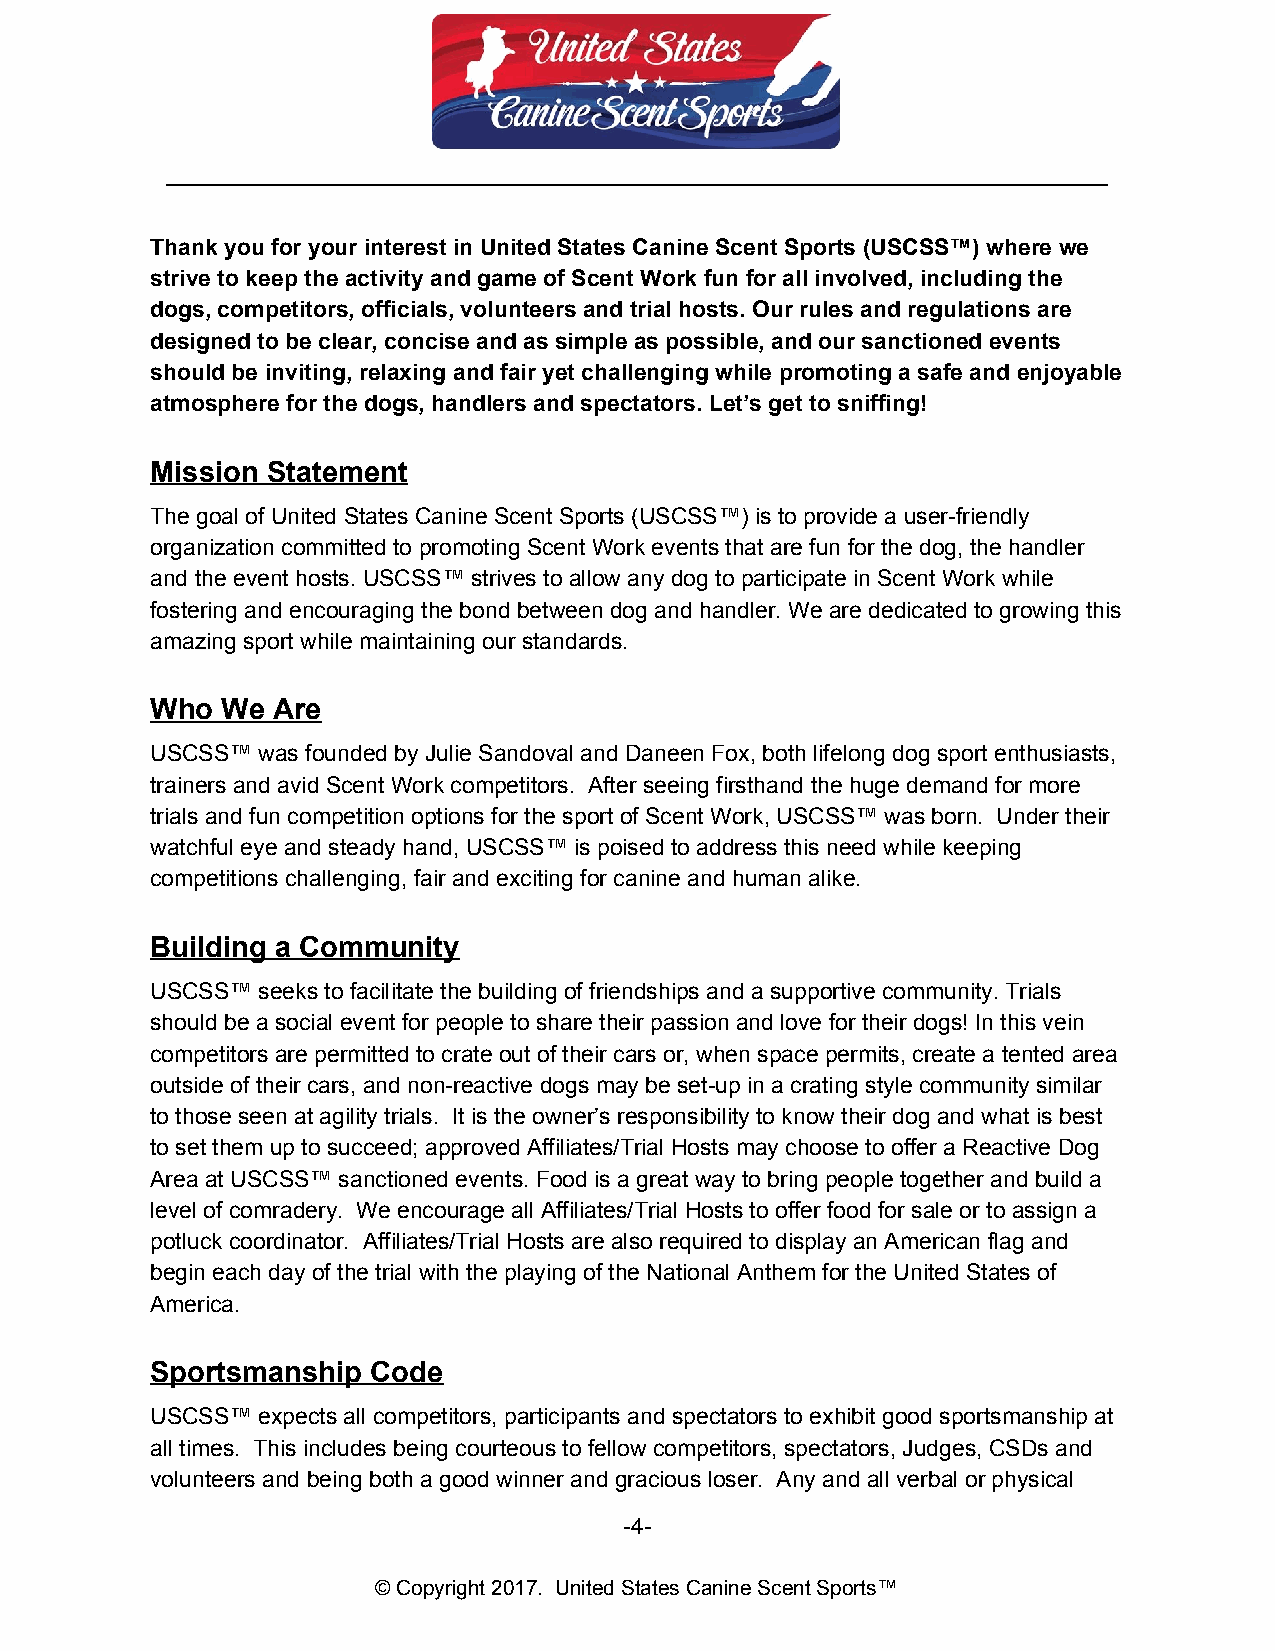
__________________________________________________________________________
 Thank you for your interest in United States Canine Scent Sports (USCSS™) where we
 strive to keep the activity and game of Scent Work fun for all involved, including the
 dogs, competitors, officials, volunteers and trial hosts. Our rules and regulations are
 designed to be clear, concise and as simple as possible, and our sanctioned events
 should be inviting, relaxing and fair yet challenging while promoting a safe and enjoyable
 atmosphere for the dogs, handlers and spectators. Let’s get to sniffing!
 Mission Statement
 The goal of United States Canine Scent Sports (USCSS™) is to provide a user-friendly
 ​​
 organization committed to promoting Scent Work events that are fun for the dog, the handler
 and the event hosts. USCSS™ strives to allow any dog to participate in Scent Work while
 fostering and encouraging the bond between dog and handler. We are dedicated to growing this
 amazing sport while maintaining our standards.
 Who  We Are
 USCSS™ was founded by Julie Sandoval and Daneen Fox, both lifelong dog sport enthusiasts,
 trainers and avid Scent Work competitors. After seeing firsthand the huge demand for more
 trials and fun competition options for the sport of Scent Work, USCSS™ was born. Under their
 watchful eye and steady hand, USCSS™ is poised to address this need while keeping
 competitions challenging, fair and exciting for canine and human alike.
 Building a Community
 USCSS™ seeks to facilitate the building of friendships and a supportive community. Trials
 should be a social event for people to share their passion and love for their dogs! In this vein
 competitors are permitted to crate out of their cars or, when space permits, create a tented area
 outside of their cars, and non-reactive dogs may be set-up in a crating style community similar
 to those seen at agility trials. It is the owner’s responsibility to know their dog and what is best
 to set them up to succeed; approved Affiliates/Trial Hosts may choose to offer a Reactive Dog
 Area at USCSS™ sanctioned events. Food is a great way to bring people together and build a
 level of comradery. We encourage all Affiliates/Trial Hosts to offer food for sale or to assign a
 potluck coordinator. Affiliates/Trial Hosts are also required to display an American flag and
 begin each day of the trial with the playing of the National Anthem for the United States of
 America.
 Sportsmanship  Code
 USCSS™ expects all competitors, participants and spectators to exhibit good sportsmanship at
 all times. This includes being courteous to fellow competitors, spectators, Judges, CSDs and
 volunteers and being both a good winner and gracious loser. Any and all verbal or physical
 -4-
 © Copyright 2017. United States Canine Scent Sports™